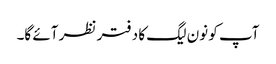
آپ کو نون لیگ کا دفتر نظر آئے گا۔